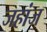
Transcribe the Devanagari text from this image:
जहांज